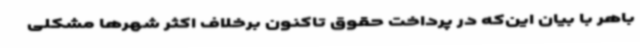
باهر با بیان این‌که در پرداخت حقوق تاکنون برخلاف اکثر شهرها مشکلی